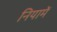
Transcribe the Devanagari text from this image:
नियामें